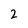
Character: 2